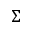
\Sigma